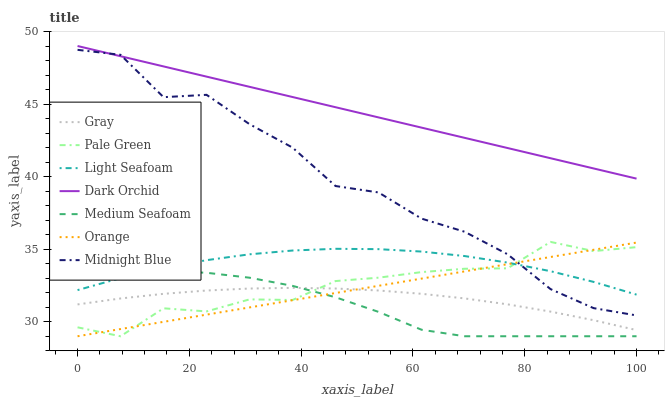
| xaxis_label | Gray | Pale Green | Light Seafoam | Dark Orchid | Medium Seafoam | Orange | Midnight Blue |
 | --- | --- | --- | --- | --- | --- | --- | --- |
 | 0 | 31.2 | 29.6 | 32.2 | 49 | 33.1 | 29 | 48.7 |
 | 7.69 | 31.6 | 29 | 33 | 48.3 | 33.4 | 29.5 | 48.4 |
 | 15.4 | 31.9 | 30.9 | 33.7 | 47.6 | 33.5 | 30 | 45.5 |
 | 23.1 | 32.2 | 30.7 | 34.2 | 46.9 | 33.4 | 30.5 | 45.6 |
 | 30.8 | 32.3 | 31.5 | 34.6 | 46.2 | 33 | 31 | 43.6 |
 | 38.5 | 32.3 | 31.5 | 34.9 | 45.5 | 32.5 | 31.5 | 42 |
 | 46.2 | 32.3 | 32.8 | 35 | 44.8 | 31.7 | 32 | 39.4 |
 | 53.8 | 32.2 | 33 | 35 | 44.1 | 30.7 | 32.5 | 38.9 |
 | 61.5 | 31.9 | 33.4 | 34.8 | 43.4 | 29.4 | 33 | 37.1 |
 | 69.2 | 31.6 | 33.7 | 34.5 | 42.7 | 29 | 33.5 | 36.2 |
 | 76.9 | 31.2 | 33.7 | 34.1 | 42 | 29 | 34 | 34.7 |
 | 84.6 | 30.7 | 35.5 | 33.5 | 41.3 | 29 | 34.5 | 32.2 |
 | 92.3 | 30.1 | 34.9 | 32.7 | 40.6 | 29 | 35 | 30.9 |
 | 100 | 29.4 | 35.1 | 31.9 | 39.9 | 29 | 35.5 | 30.4 |